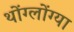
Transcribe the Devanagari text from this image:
थोंग्लोंग्या